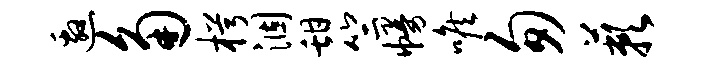
邀角枵涸甜竺幔喉匆蔌